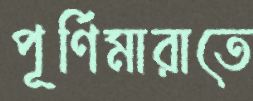
পূর্ণিমারাতে